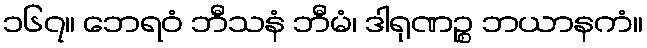
၁၆၇။ ဘေရဝံ ဘီသနံ ဘီမံ၊ ဒါရုဏဉ္စ ဘယာနကံ။